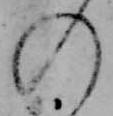
の